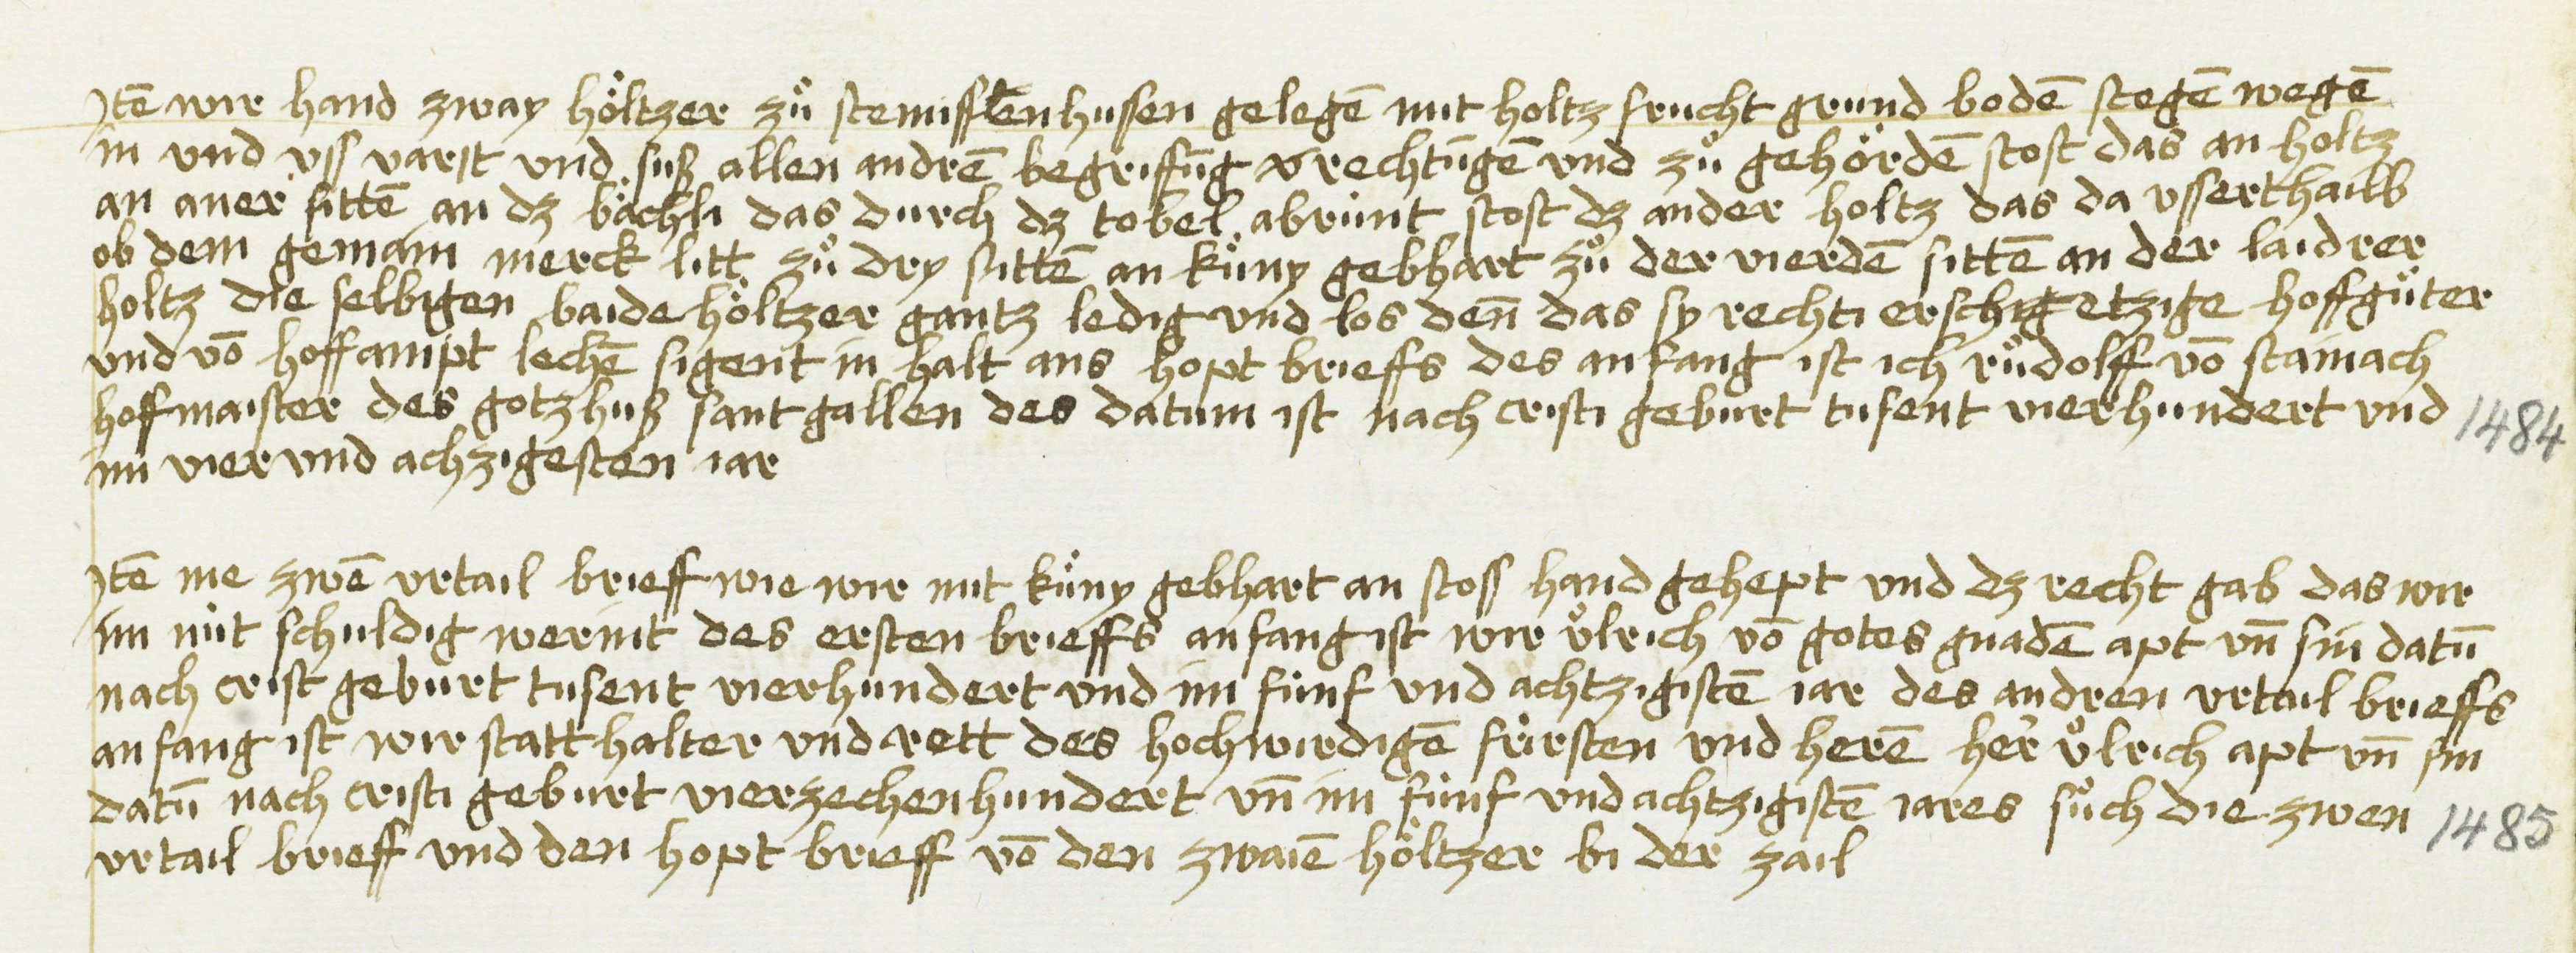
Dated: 1435–1499